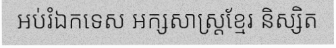
អប់រំឯកទេស អក្សសាស្ត្រខ្មែរ និស្សិត